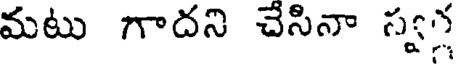
మటు గాదని చేసినా స్వ